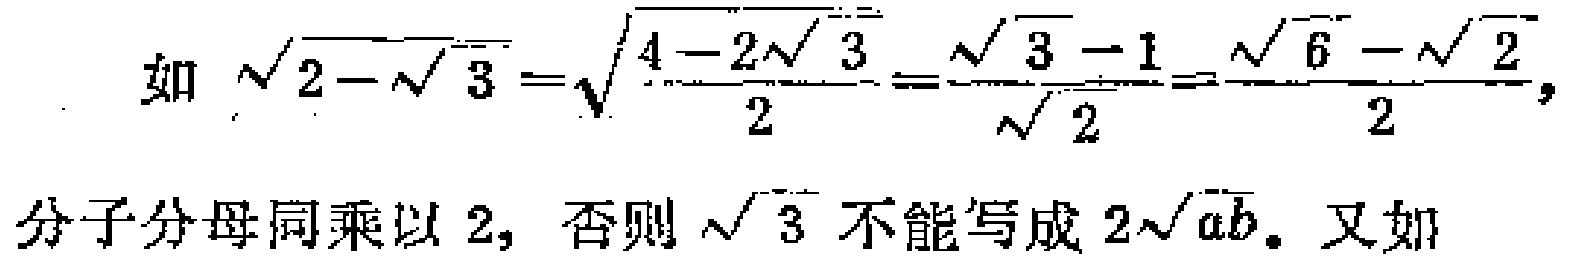
如 \(\sqrt{2 - \sqrt{3}} = \sqrt{\frac{4 - 2\sqrt{3}}{2}} = \frac{\sqrt{3} - 1}{\sqrt{2}} = \frac{\sqrt{6} - \sqrt{2}}{2}\)，

分子分母同乘以 \(2\)，否则 \(\sqrt{3}\) 不能写成 \(2\sqrt{ab}\)。又如